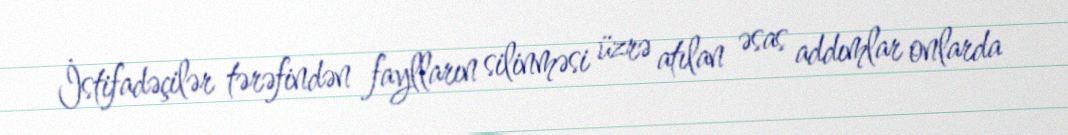
İstifadəçilər tərəfindən faylların silinməsi üzrə atılan əsas addımlar onlarda